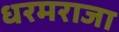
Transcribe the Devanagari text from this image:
धरमराजा